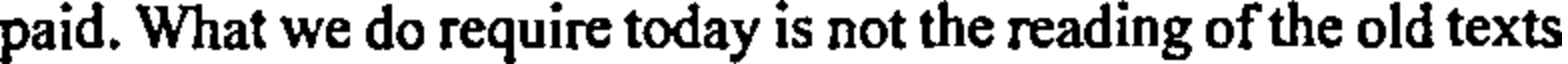
paid. What we do require today is not the reading of the old texts